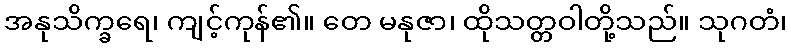
အနုသိက္ခရေ၊ ကျင့်ကုန်၏။ တေ မနုဇာ၊ ထိုသတ္တဝါတို့သည်။ သုဂတံ၊